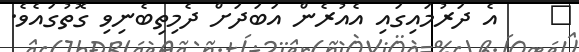
٣    އެ ދަރުމައިގައި އެއުރެން އަބަދަށް ދެމިތިބެނިވި ގޮތުގައެވެ.